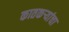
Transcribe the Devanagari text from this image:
कातकऱ्यांचा